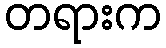
တရားက